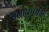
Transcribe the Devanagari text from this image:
समाकृषनि